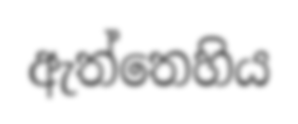
ඇත්තෙහිය